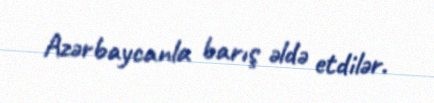
Azərbaycanla barış əldə etdilər.